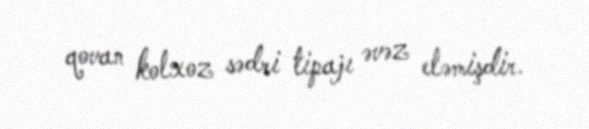
qovan kolxoz sədri tipajı əvəz eləmişdir.